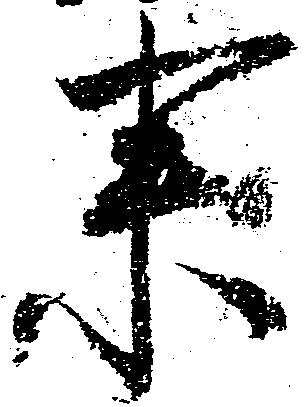
来